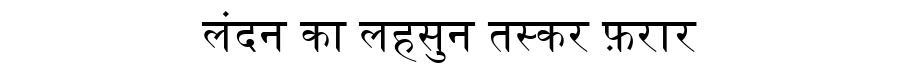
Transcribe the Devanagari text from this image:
लंदन का लहसुन तस्कर फ़रार